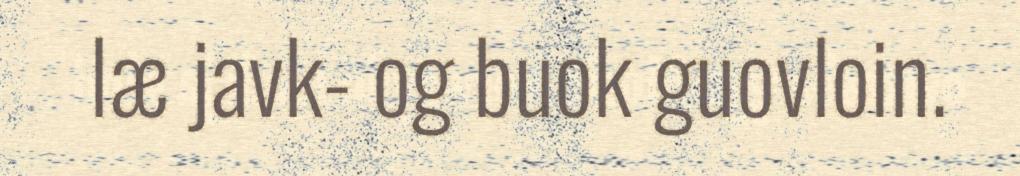
læ javk- og buok guovloin.